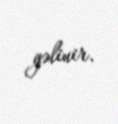
gəlinir.